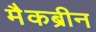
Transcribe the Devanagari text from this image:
मैकब्रीन